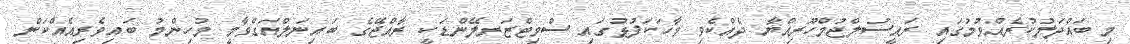
މި ބައްދަލުކުރެއްވުމުގައި ރައީސުލްޖުމްހޫރިއްޔާ ދެއްކެވި ވާހަކަފުޅުގައި ސްވިޓްޒަރލޭންޑަކީ ރާއްޖޭގެ ބައިނަލްއަގްވާމީ މުހިންމު ބައިވެރިއެއްކަން